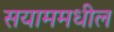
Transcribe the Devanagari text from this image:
सयाममधील